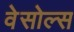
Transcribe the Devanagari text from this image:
वेसोल्स